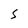
Character: S